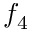
f _ { 4 }